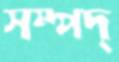
সম্পদ্